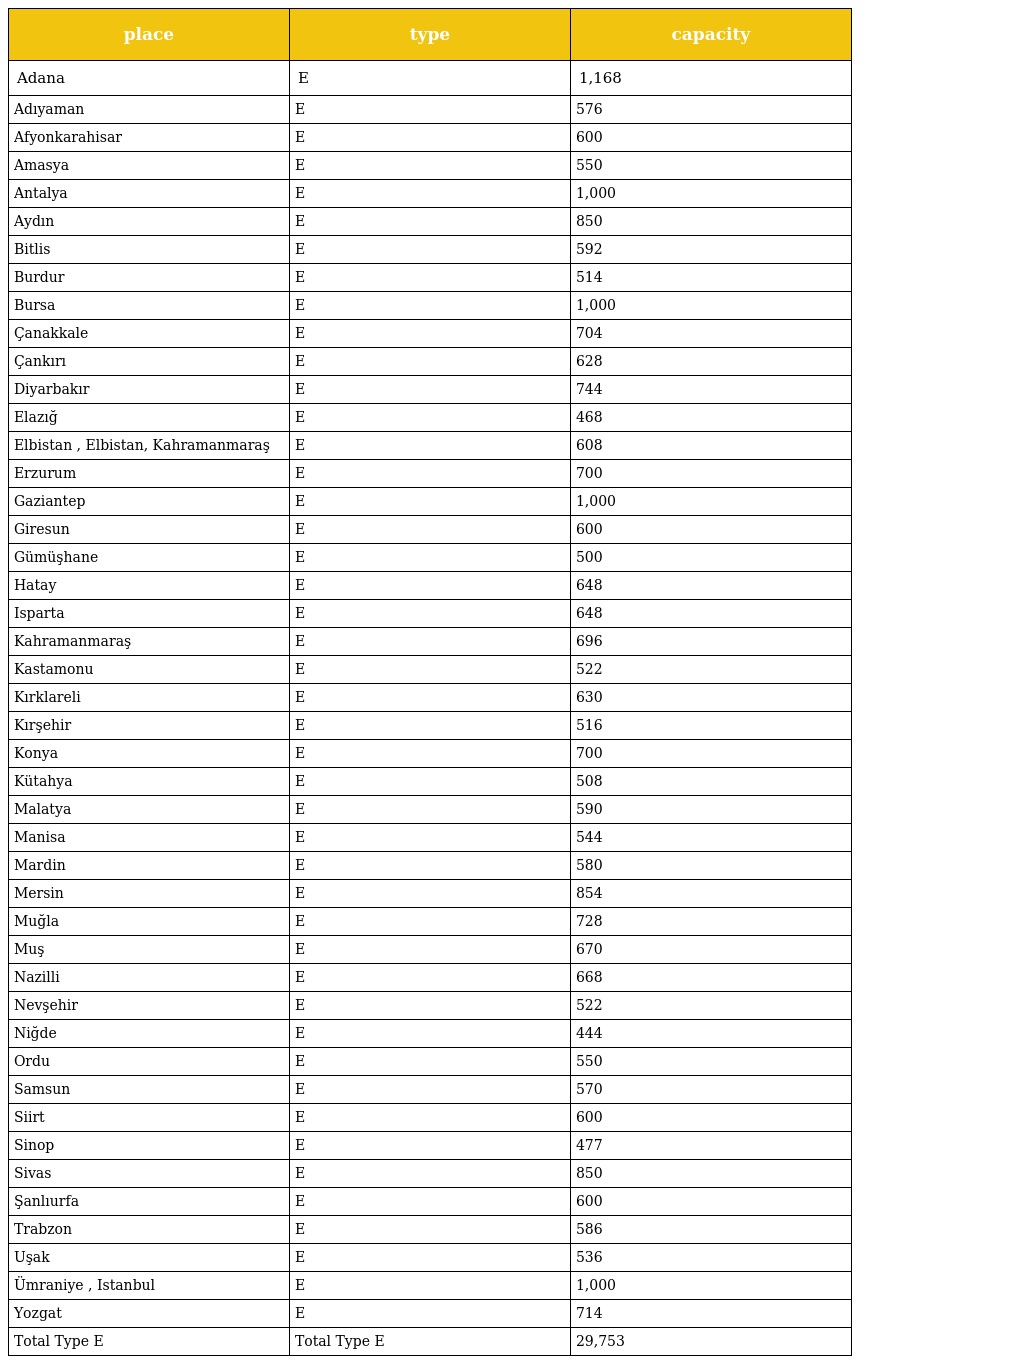
| place | type | capacity |
 | --- | --- | --- |
 | Adana | E | 1,168 |
 | Adıyaman | E | 576 |
 | Afyonkarahisar | E | 600 |
 | Amasya | E | 550 |
 | Antalya | E | 1,000 |
 | Aydın | E | 850 |
 | Bitlis | E | 592 |
 | Burdur | E | 514 |
 | Bursa | E | 1,000 |
 | Çanakkale | E | 704 |
 | Çankırı | E | 628 |
 | Diyarbakır | E | 744 |
 | Elazığ | E | 468 |
 | Elbistan , Elbistan, Kahramanmaraş | E | 608 |
 | Erzurum | E | 700 |
 | Gaziantep | E | 1,000 |
 | Giresun | E | 600 |
 | Gümüşhane | E | 500 |
 | Hatay | E | 648 |
 | Isparta | E | 648 |
 | Kahramanmaraş | E | 696 |
 | Kastamonu | E | 522 |
 | Kırklareli | E | 630 |
 | Kırşehir | E | 516 |
 | Konya | E | 700 |
 | Kütahya | E | 508 |
 | Malatya | E | 590 |
 | Manisa | E | 544 |
 | Mardin | E | 580 |
 | Mersin | E | 854 |
 | Muğla | E | 728 |
 | Muş | E | 670 |
 | Nazilli | E | 668 |
 | Nevşehir | E | 522 |
 | Niğde | E | 444 |
 | Ordu | E | 550 |
 | Samsun | E | 570 |
 | Siirt | E | 600 |
 | Sinop | E | 477 |
 | Sivas | E | 850 |
 | Şanlıurfa | E | 600 |
 | Trabzon | E | 586 |
 | Uşak | E | 536 |
 | Ümraniye , Istanbul | E | 1,000 |
 | Yozgat | E | 714 |
 | Total Type E | Total Type E | 29,753 |